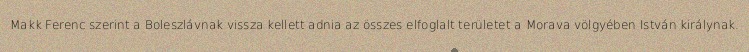
Makk Ferenc szerint a Boleszlávnak vissza kellett adnia az összes elfoglalt területet a Morava völgyében István királynak.